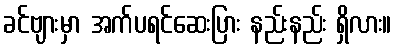
ခင်ဗျားမှာ အက်ပရင်ဆေးပြား နည်းနည်း ရှိလား။